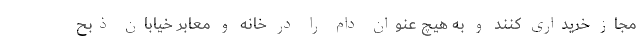
مجاز خریداری کنند و به هیچ عنوان دام را در خانه و معابر خیابان ذبح